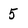
Character: 5